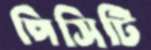
পিসিটি